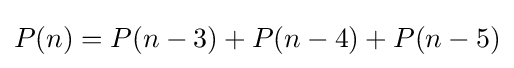
P(n)=P(n-3)+P(n-4)+P(n-5)